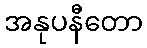
အနုပနီတော